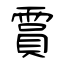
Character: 霣